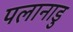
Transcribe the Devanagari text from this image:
पलानाडु